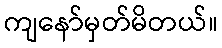
ကျနော်မှတ်မိတယ်။